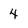
Character: 4